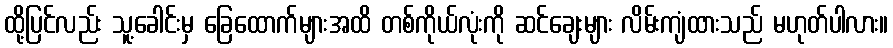
ထို့ပြင်လည်း သူ့ခေါင်းမှ ခြေထောက်များအထိ တစ်ကိုယ်လုံးကို ဆင်ချေးများ လိမ်းကျံထားသည် မဟုတ်ပါလား။